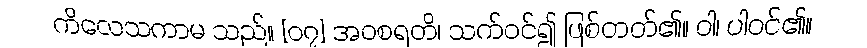
ကိလေသကာမ သည်။ [၀၇] အဝစရတိ၊ သက်ဝင်၍ ဖြစ်တတ်၏။ ဝါ၊ ပါဝင်၏။